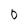
Character: 0